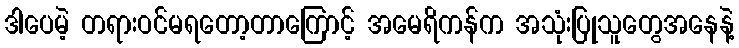
ဒါပေမဲ့ တရားဝင်မရတော့တာကြောင့် အမေရိကန်က အသုံးပြုသူတွေအနေနဲ့